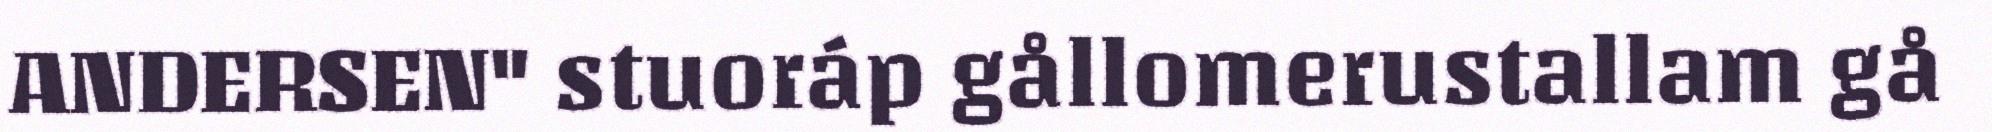
ANDERSEN" stuoráp gållomerustallam gå